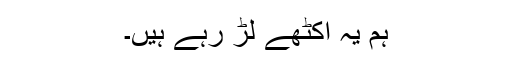
ہم یہ اکٹھے لڑ رہے ہیں۔